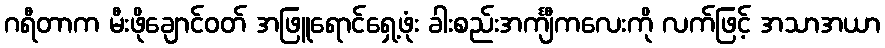
ဂရီတာက မီးဖိုချောင်ဝတ် အဖြူရောင်ရှေ့ဖုံး ခါးစည်းအင်္ကျီကလေးကို လက်ဖြင့် အသာအယာ